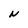
Character: N